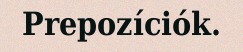
Prepozíciók.